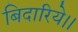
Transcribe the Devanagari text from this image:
बिदारिये।।